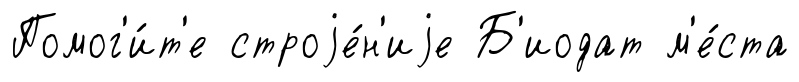
Помог'и́т'е строjе́н'иjе Б'иодат м'е́ста